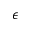
\epsilon